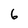
Character: 6